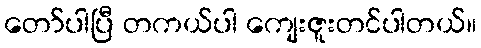
တော်ပါပြီ တကယ်ပါ ကျေးဇူးတင်ပါတယ်။